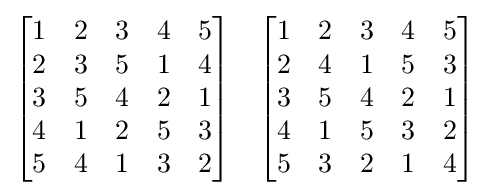
{\begin{bmatrix}1&2&3&4&5\\2&3&5&1&4\\3&5&4&2&1\\4&1&2&5&3\\5&4&1&3&2\end{bmatrix}}\quad {\begin{bmatrix}1&2&3&4&5\\2&4&1&5&3\\3&5&4&2&1\\4&1&5&3&2\\5&3&2&1&4\end{bmatrix}}